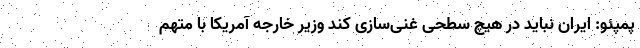
پمپئو: ایران نباید در هیچ سطحی غنی‌سازی کند وزیر خارجه آمریکا با متهم